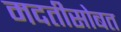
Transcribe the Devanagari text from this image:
मदतीसोबत